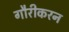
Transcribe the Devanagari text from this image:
गौरीकरन